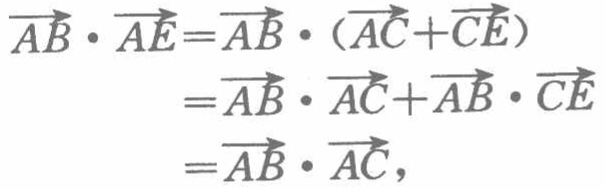
\[
\begin{align*}
\overrightarrow{AB}\cdot\overrightarrow{AE}&=\overrightarrow{AB}\cdot(\overrightarrow{AC}+\overrightarrow{CE})\\
&=\overrightarrow{AB}\cdot\overrightarrow{AC}+\overrightarrow{AB}\cdot\overrightarrow{CE}\\
&=\overrightarrow{AB}\cdot\overrightarrow{AC},
\end{align*}
\]